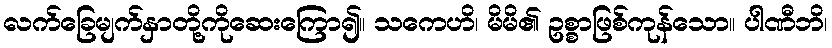
လက်ခြေမျက်နှာတို့ကိုဆေးကြော၍။ သကေဟိ၊ မိမိ၏ ဥစ္စာဖြစ်ကုန်သော။ ပါဏီဘိ၊